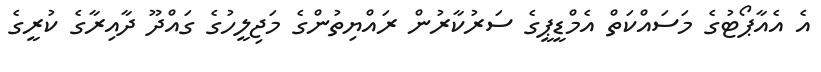
އެ އެއާޕޯޓުގެ މަސައްކަތް އެމްޑީޕީގެ ސަރުކާރުން ރައްޔިތުންގެ މަޖިލީހުގެ ގައްދޫ ދާއިރާގެ ކުރީގެ